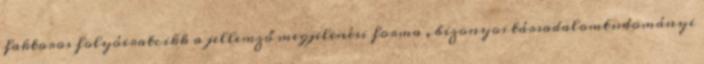
faktoros folyóiratcikk a jellemző megjelenési forma , bizonyos társadalomtudományi